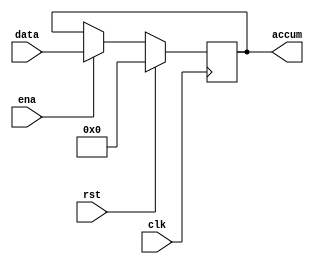
//
module accum (
    accum,data,ena,clk,rst
);
output[7:0] accum;
input clk,rst,ena;
input [7:0] data;
reg [7:0]accum;
always@(posedge clk)
begin
    if(rst)
    accum<=8'b00000000;
    else
    if(ena)
        accum<=data;

end
endmodule //accum